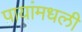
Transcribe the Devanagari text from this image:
पायांमधली